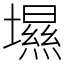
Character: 㙷